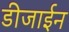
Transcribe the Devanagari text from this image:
डीजाईन